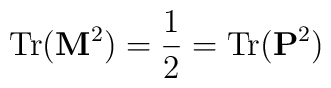
{\rm Tr} ({\bf M}^2 ) = {1\over 2} = {\rm Tr} ({\bf P}^2 ) \\